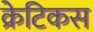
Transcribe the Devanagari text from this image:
क्रेटिकस